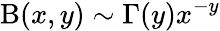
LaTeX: \mathrm{B}(x,y)\sim\Gamma(y)x^{-y}